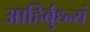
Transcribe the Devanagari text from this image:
आहिर्बुध्न्यं